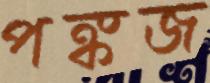
পঙ্কজ